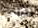
يفلت